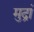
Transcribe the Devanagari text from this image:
मुद्रां